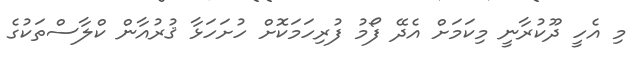
މި އެހީ ދޫކުރާނީ މިކަމަށް އެދޭ ފޯމު ފުރިހަމަކޮށް ހުށަހަޅާ ޤުރުއާން ކްލާސްތަކުގެ